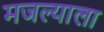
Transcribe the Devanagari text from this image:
मजल्याला